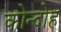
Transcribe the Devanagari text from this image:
कोन्‍दोह